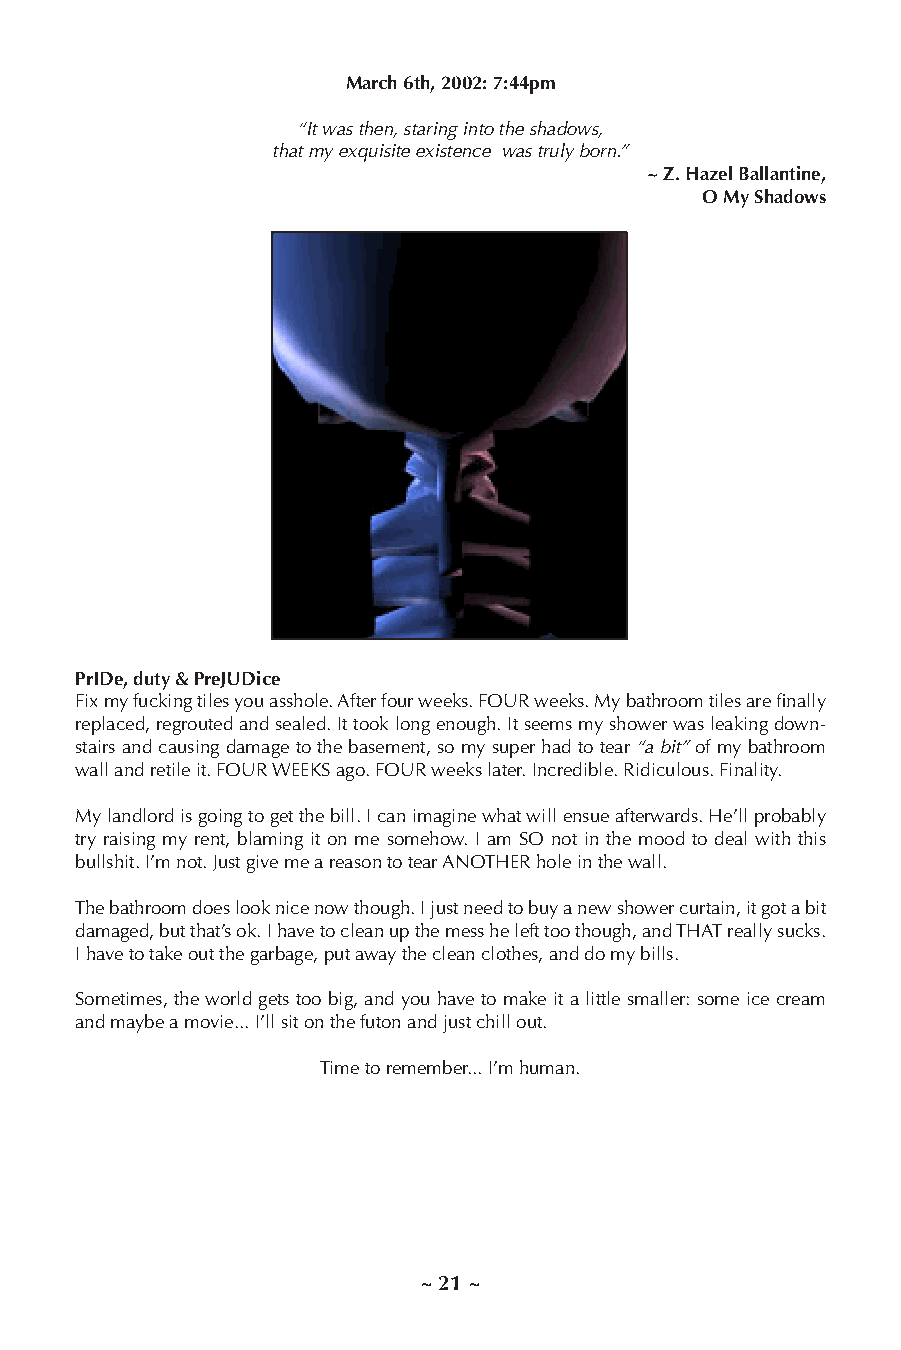
March 6th, 2002: 7:44pm
 “It was then, staring into the shadows,
 that my exquisite existence was truly born.”
 ~ Z. Hazel Ballantine,
 O My Shadows
 PrIDe, duty & PreJUDice
 Fix my fucking tiles you asshole. After four weeks. FOUR weeks. My bathroom tiles are finally
 replaced, regrouted and sealed. It took long enough. It seems my shower was leaking down-
 stairs and causing damage to the basement, so my super had to tear “a bit” of my bathroom
 wall and retile it. FOUR WEEKS ago. FOUR weeks later. Incredible. Ridiculous. Finality.
 My landlord is going to get the bill. I can imagine what will ensue afterwards. He’ll probably
 try raising my rent, blaming it on me somehow. I am SO not in the mood to deal with this
 bullshit. I’m not. Just give me a reason to tear ANOTHER hole in the wall.
 The bathroom does look nice now though. I just need to buy a new shower curtain, it got a bit
 damaged, but that’s ok. I have to clean up the mess he left too though, and THAT really sucks.
 I have to take out the garbage, put away the clean clothes, and do my bills.
 Sometimes, the world gets too big, and you have to make it a little smaller: some ice cream
 and maybe a movie... I’ll sit on the futon and just chill out.
 Time to remember... I’m human.
 ~ 21 ~